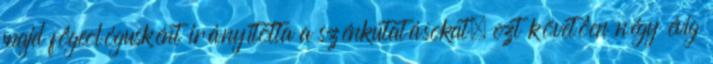
majd fôgeológusként irányította a szénkutatásokat, ezt követôen négy évig